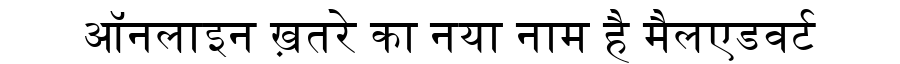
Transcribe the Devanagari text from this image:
ऑनलाइन ख़तरे का नया नाम है मैलएडवर्ट